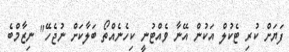
ފަޔަށް ކުރި ޓެކުލް އަކުން އޭނާ ވެއްޓުނީ ކިހެނެއްތޯ ބަލާކަށް ނުޖެހޭ" ނިޒާމްބެ